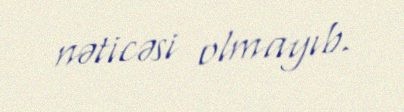
nəticəsi olmayıb.